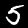
Label: 5